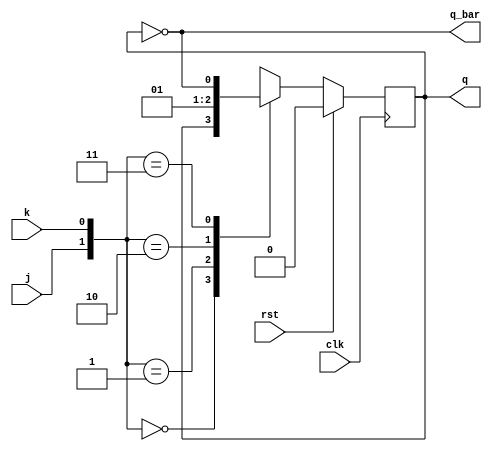
`timescale 1ns / 1ps
//////////////////////////////////////////////////////////////////////////////////
// Company: 
// Engineer: 
// 
// Design Name: 
// Module Name: jk_ff
// Project Name: 
// Target Devices: 
// Tool Versions: 
// Description: 
// 
// Dependencies: 
// 
// Revision:
// Revision 0.01 - File Created
// Additional Comments:
// 
//////////////////////////////////////////////////////////////////////////////////


module jk_ff(
    input j,k,clk,rst,
    output reg q,output q_bar
    );
    
    parameter HOLD=2'b00,
              RESET=2'b01,
              SET=2'b10,
              TOGGLE=2'b11;
    
    assign q_bar=~q;
    always@(posedge clk)
      begin
       if(rst)
          q<=1'b0;
        else
         begin
          case({j,k})
             HOLD:q<=q;
             RESET:q<=1'b0;
             SET:q<=1'b1;
             TOGGLE:q<=~q;
           endcase
          end
      end
endmodule